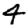
Digit: 4